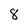
Character: 8